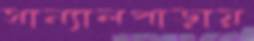
সান্যালপাড়ায়